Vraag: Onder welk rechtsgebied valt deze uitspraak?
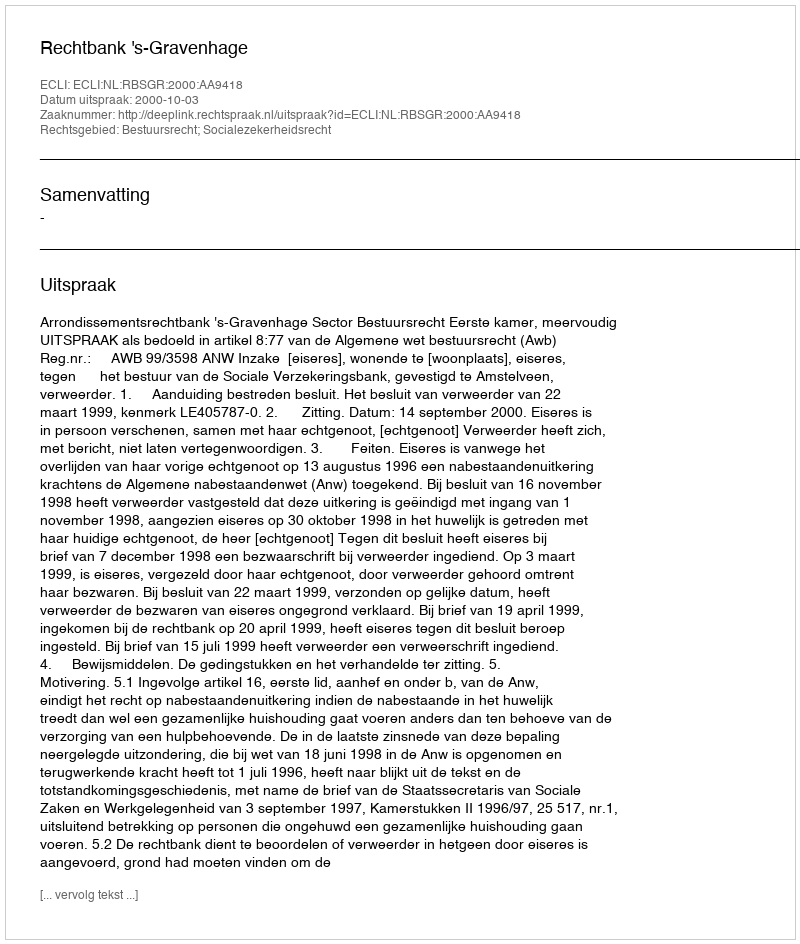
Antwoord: Bestuursrecht; Socialezekerheidsrecht